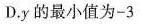
D.y的最小值为-3